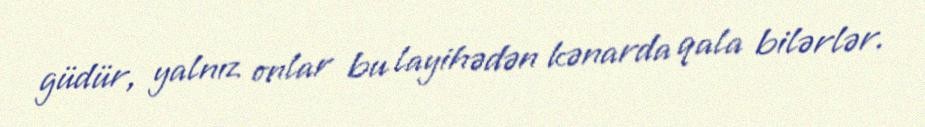
güdür, yalnız onlar bu layihədən kənarda qala bilərlər.